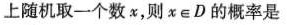
上随机取一个数x，则x\epsilon D的概率是